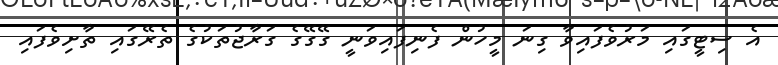
އެ ސިޓީގައި މަރުވެފައިވާ ގިނަ މީހުން ފެނިފައިވަނީ ގޭގޭގެ ގަރާޖުތަކުގެ ތެރޭގައި ތާށިވެފައި